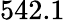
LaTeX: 542.1